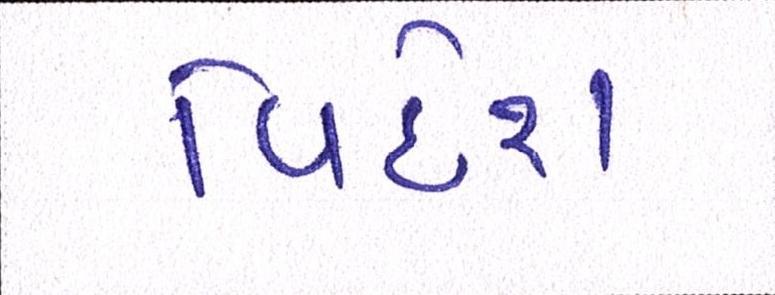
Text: વિદેશ